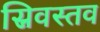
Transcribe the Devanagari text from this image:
स्रिवस्तव